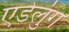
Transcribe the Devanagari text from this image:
एडेलुंग